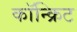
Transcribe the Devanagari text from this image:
कॉन्‍क्रिट